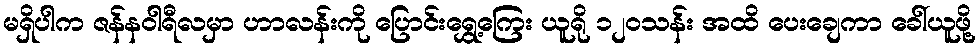
မရှိပါက ဇန်နဝါရီလမှာ ဟာလန်းကို ပြောင်းရွှေ့ကြေး ယူရို ၁၂၀သန်း အထိ ပေးချေကာ ခေါ်ယူဖို့